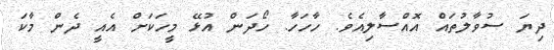
ދިޔަ ސުވާލުތައް އޮއްސާލިއެވެ. ހާހަހާ. ހޯދަން އުޅޭ މީހަކަށް އެއީ ދެން މާކަ